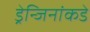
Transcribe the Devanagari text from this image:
ड्रेन्जिनांकडे